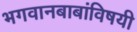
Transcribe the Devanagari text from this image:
भगवानबाबांविषयी